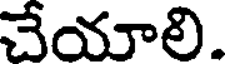
చేయాలి.